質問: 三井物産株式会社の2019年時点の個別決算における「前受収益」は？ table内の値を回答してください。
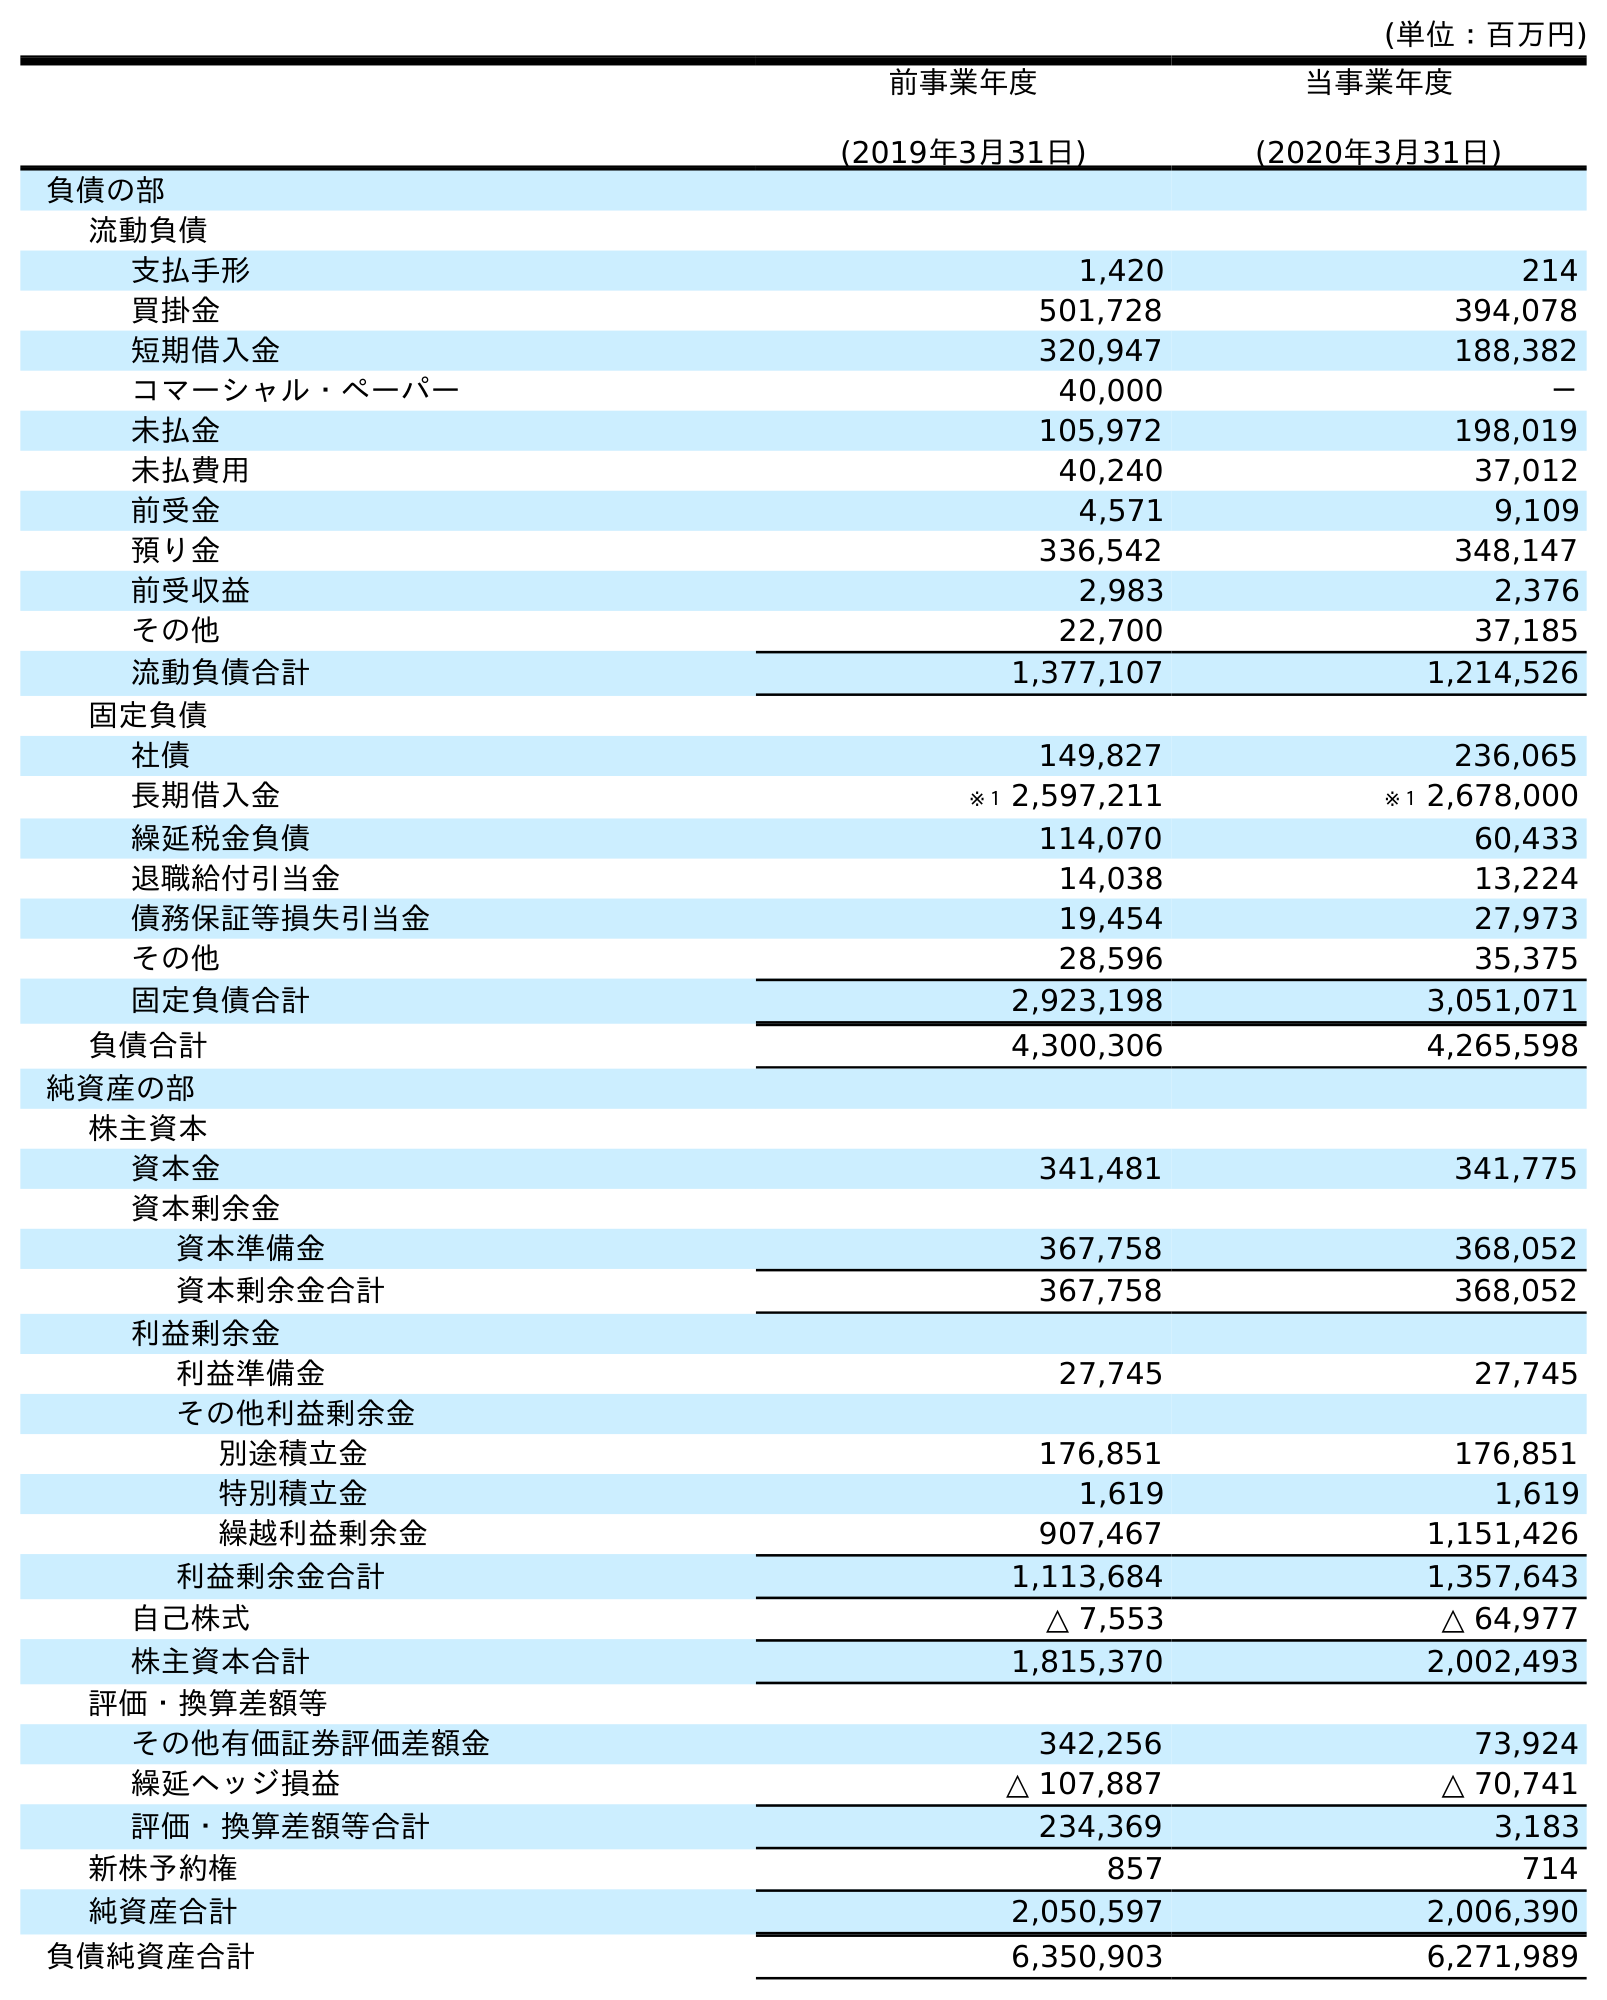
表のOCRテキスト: (単位：百万円) 前事業年度 (2019年3月31日) 当事業年度 (2020年3月31日) 負債の部 流動負債 支払手形 1,420 214 買掛金 501,728 394,078 短期借入金 320,947 188,382 コマーシャル・ペーパー 40,000 － 未払金 105,972 198,019 未払費用 40,240 37,012 前受金 4,571 9,109 預り金 336,542 348,147 前受収益 2,983 2,376 その他 22,700 37,185 流動負債合計 1,377,107 1,214,526 固定負債 社債 149,827 236,065 長期借入金 ※１ 2,597,211 ※１ 2,678,000 繰延税金負債 114,070 60,433 退職給付引当金 14,038 13,224 債務保証等損失引当金 19,454 27,973 その他 28,596 35,375 固定負債合計 2,923,198 3,051,071 負債合計 4,300,306 4,265,598 純資産の部 株主資本 資本金 341,481 341,775 資本剰余金 資本準備金 367,758 368,052 資本剰余金合計 367,758 368,052 利益剰余金 利益準備金 27,745 27,745 その他利益剰余金 別途積立金 176,851 176,851 特別積立金 1,619 1,619 繰越利益剰余金 907,467 1,151,426 利益剰余金合計 1,113,684 1,357,643 自己株式 △ 7,553 △ 64,977 株主資本合計 1,815,370 2,002,493 評価・換算差額等 その他有価証券評価差額金 342,256 73,924 繰延ヘッジ損益 △ 107,887 △ 70,741 評価・換算差額等合計 234,369 3,183 新株予約権 857 714 純資産合計 2,050,597 2,006,390 負債純資産合計 6,350,903 6,271,989
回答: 2,983